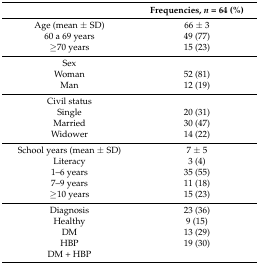
|  | Frequencies, n = 64 (%) |
 | --- | --- |
 | Age (mean ± SD) | 66 ± 3 |
 | 60 a 69 years | 49 (77) |
 | ≥70 years | 15 (23) |
 | Sex |  |
 | Woman | 52 (81) |
 | Man | 12 (19) |
 | Civil status |  |
 | Single | 20 (31) |
 | Married | 30 (47) |
 | Widower | 14 (22) |
 | School years (mean ± SD) | 7 ± 5 |
 | Literacy | 3 (4) |
 | 1–6 years | 35 (55) |
 | 7–9 years | 11 (18) |
 | ≥10 years | 15 (23) |
 | Diagnosis | 23 (36) |
 | Healthy | 9 (15) |
 | DM | 13 (29) |
 | HBP | 19 (30) |
 | DM + HBP |  |